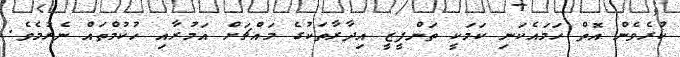
ކުރެވެން އޮތް ހަމައެކަނި ކަމަކީ ތަންފީޒީ އިދާރާތަކުގެ މައްޗަށް އަމުރާއި ހުކުމްތައް ނެރުމެވެ.